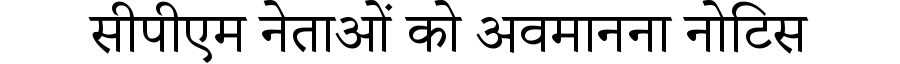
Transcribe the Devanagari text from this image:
सीपीएम नेताओं को अवमानना नोटिस